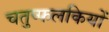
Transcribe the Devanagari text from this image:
चतुष्फलकियों